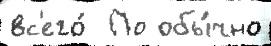
вс'его́  По обы́чно